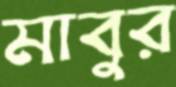
মাবুর